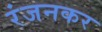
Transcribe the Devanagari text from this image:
रंजनकर